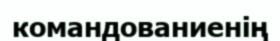
командованиенің